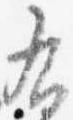
右